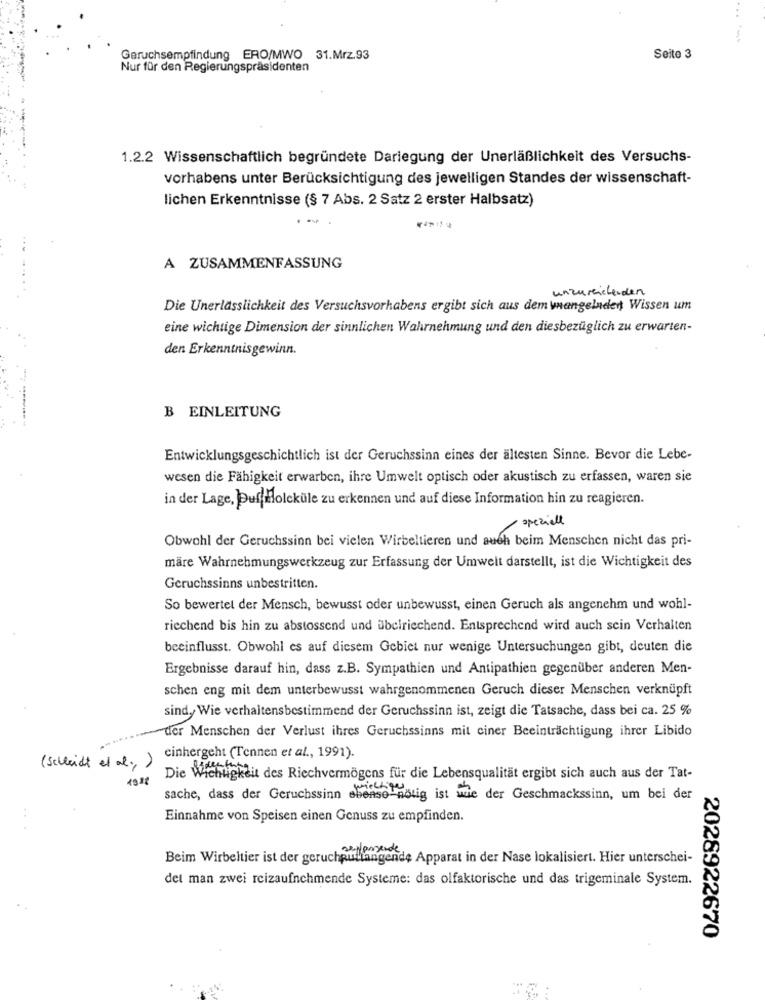
Geruchsempfindung ERO/MWO 31.Mrz.93
Seite 3
Nur für den Regierungspräsidenten
1.2.2 Wissenschaftlich begründete Darlegung der Unerläßlichkeit des Versuchs-
vorhabens unter Berücksichtigung des jeweiligen Standes der wissenschaft-
lichen Erkenntnisse (§ 7 Abs. 2 Satz 2 erster Halbsatz)
A ZUSAMMENFASSUNG
unzureichenden
Die Unerlässlichkeit des Versuchsvorhabens ergibt sich aus dem wmangelnden Wissen um
eine wichtige Dimension der sinnlichen Wahrnehmung und den diesbezüglich zu erwarten-
den Erkenntnisgewinn.
B EINLEITUNG
Entwicklungsgeschichtlich ist der Geruchssinn eines der ältesten Sinne. Bevor die Lebe-
wesen die Fähigkeit erwarben, ihre Umwelt optisch oder akustisch zu erfassen, waren sie
in der Lage, DuffHolcküle zu erkennen und auf diese Information hin zu reagieren.
speziell
Obwohl der Geruchssinn bei vielen Wirbeltieren und auch beim Menschen nicht das pri-
märe Wahrnehmungswerkzeug zur Erfassung der Umwelt darstellt, ist die Wichtigkeit des
Geruchssinns unbestritten.
So bewertet der Mensch, bewusst oder unbewusst, einen Geruch als angenehm und wohl-
riechend bis hin zu abstossend und übelriechend. Entsprechend wird auch sein Verhalten
beeinflusst. Obwohl es auf diesem Gebiet nur wenige Untersuchungen gibt, deuten die
Ergebnisse darauf hin, dass z.B. Sympathien und Antipathien gegenüber anderen Men-
schen eng mit dem unterbewusst wahrgenommenen Geruch dieser Menschen verknüpft
sind, Wie verhaltensbestimmend der Geruchssinn ist, zeigt die Tatsache, dass bei ca. 25 %
der Menschen der Verlust ihres Geruchssinns mit ciner Beeinträchtigung ihrer Libido
(Schleidt et al ., )
cinhergeht (Tennen et al ., 1991).
chtigkeit des Riechvermögens für die Lebensqualität ergibt sich auch aus der Tat-
sache, dass der Geruchssinn ebenso-nötig ist wie der Geschmackssinn, um bei der
Einnahme von Speisen einen Genuss zu empfinden.
Beim Wirbeltier ist der geruchputtangende Apparat in der Nase lokalisiert. Hier unterschei-
det man zwei reizaufnehmende Systeme: das olfaktorische und das trigeminale System.
2028922670
- -